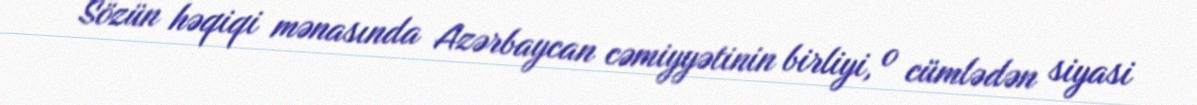
Sözün həqiqi mənasında Azərbaycan cəmiyyətinin birliyi, o cümlədən siyasi